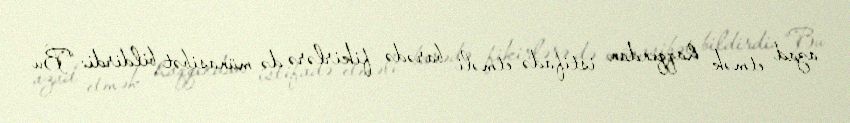
azad etmək haqqından istifadə etməli barədə fikirlərə də münasibət bildirdi: “Bu